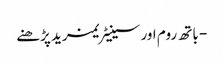
- باتھ روم اور سینیٹریمزید پڑھنے